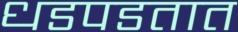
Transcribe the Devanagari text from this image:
धडपडतात